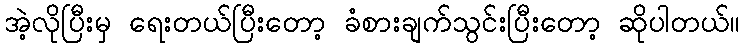
အဲ့လိုပြီးမှ ရေးတယ်ပြီးတော့ ခံစားချက်သွင်းပြီးတော့ ဆိုပါတယ်။